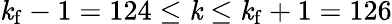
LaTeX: \mathit{k}_{\mathrm{{f}}}-1=124\le\mathit{k}\le\mathit{k}_{\mathrm{{f}}}+1=126